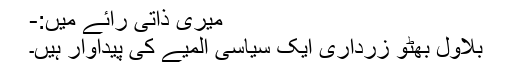
میری ذاتی رائے میں:-
بلاول بھٹو زرداری ایک سیاسی المیے کی پیداوار ہیں۔